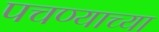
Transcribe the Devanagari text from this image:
पचण्याच्या